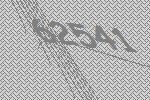
62541